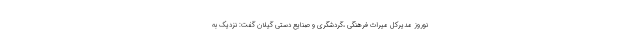
نوروز مدیرکل میراث فرهنگی ،گردشگری و صنایع دستی گیلان گفت: نزدیک به